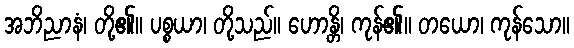
အဘိညာနံ၊ တို့၏။ ပစ္စယာ၊ တို့သည်။ ဟောန္တိ၊ ကုန်၏။ တယော၊ ကုန်သော။